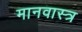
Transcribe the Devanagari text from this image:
मानवास्त्र